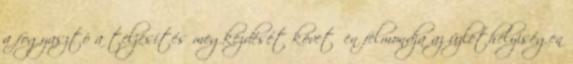
a fogyasztó a teljesítés megkezdését követően felmondja az üzlethelyiségen